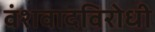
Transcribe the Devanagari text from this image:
वंशवादविरोधी